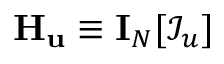
\mathbf { H } _ { \mathbf { u } } \equiv \mathbf { I } _ { N } [ \mathcal { I } _ { u } ]